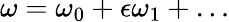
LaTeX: \omega=\omega_{0}+\epsilon\omega_{1}+\ldots